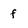
Character: f